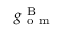
g _ { \mathrm { ~ o ~ m ~ } } ^ { \mathrm { ~ B ~ } }